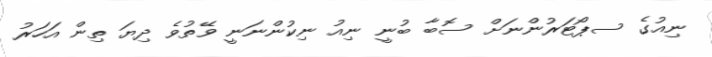
ނިއުގެ ސޕޯޓަރުންނަށް ސޮބާ ބުނީ ނިއު ނިކުންނަނީ ވޭތުވެ ދިޔަ ތިން އަހަރު